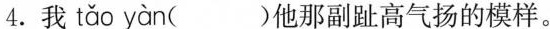
4.我 tǎo yàn ( )他那副趾高气扬的模样。